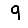
Digit: 9